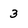
Character: 3